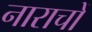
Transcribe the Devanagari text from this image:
नाराचों